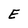
Character: E